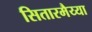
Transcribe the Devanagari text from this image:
सितारमैय्या